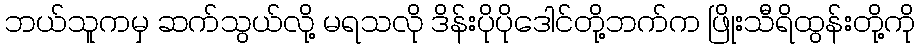
ဘယ်သူကမှ ဆက်သွယ်လို့ မရသလို ဒိန်းပိုပိုဒေါင်တို့ဘက်က ဖြိုးသီရိထွန်းတို့ကို